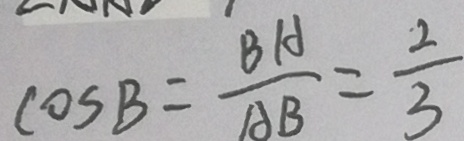
\cos B = \frac { B A } { A B } = \frac { 2 } { 3 }